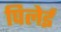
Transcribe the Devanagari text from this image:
पिलेई